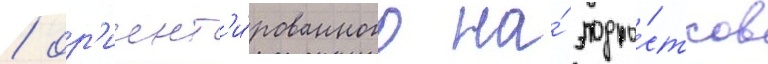
/ ор'иент'и́рованного на́ подро́стков